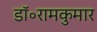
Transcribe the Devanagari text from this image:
डॉ॰रामकुमार